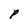
Character: P